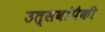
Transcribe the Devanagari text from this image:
उत्सवांपैकी